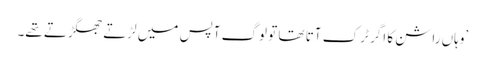
’وہاں راشن کا اگر ٹرک آتا تھا تو لوگ آپس میں لڑتے جھگڑتے تھے۔